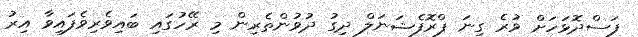
ފަސްދޮޅަހަށް ވުރެ ގިނަ ޕްރޮފެޝަނަލް ދިގު ދުވުންތެރިން މި ރޭހުގައި ބައިވެރިވެފައިވާ އިރު